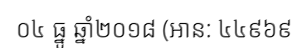
០៤ ធ្នូ ឆ្នាំ២០១៨ (អាន: ៤៤៩៦៩